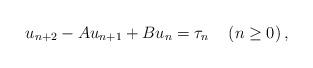
LaTeX: \begin{align*}u_{n+2}-Au_{n+1}+Bu_{n}=\tau_{n}\quad\left( n\geq0\right) , \end{align*}